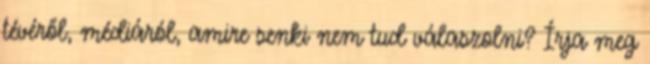
tévéről, médiáról, amire senki nem tud válaszolni? Írja meg